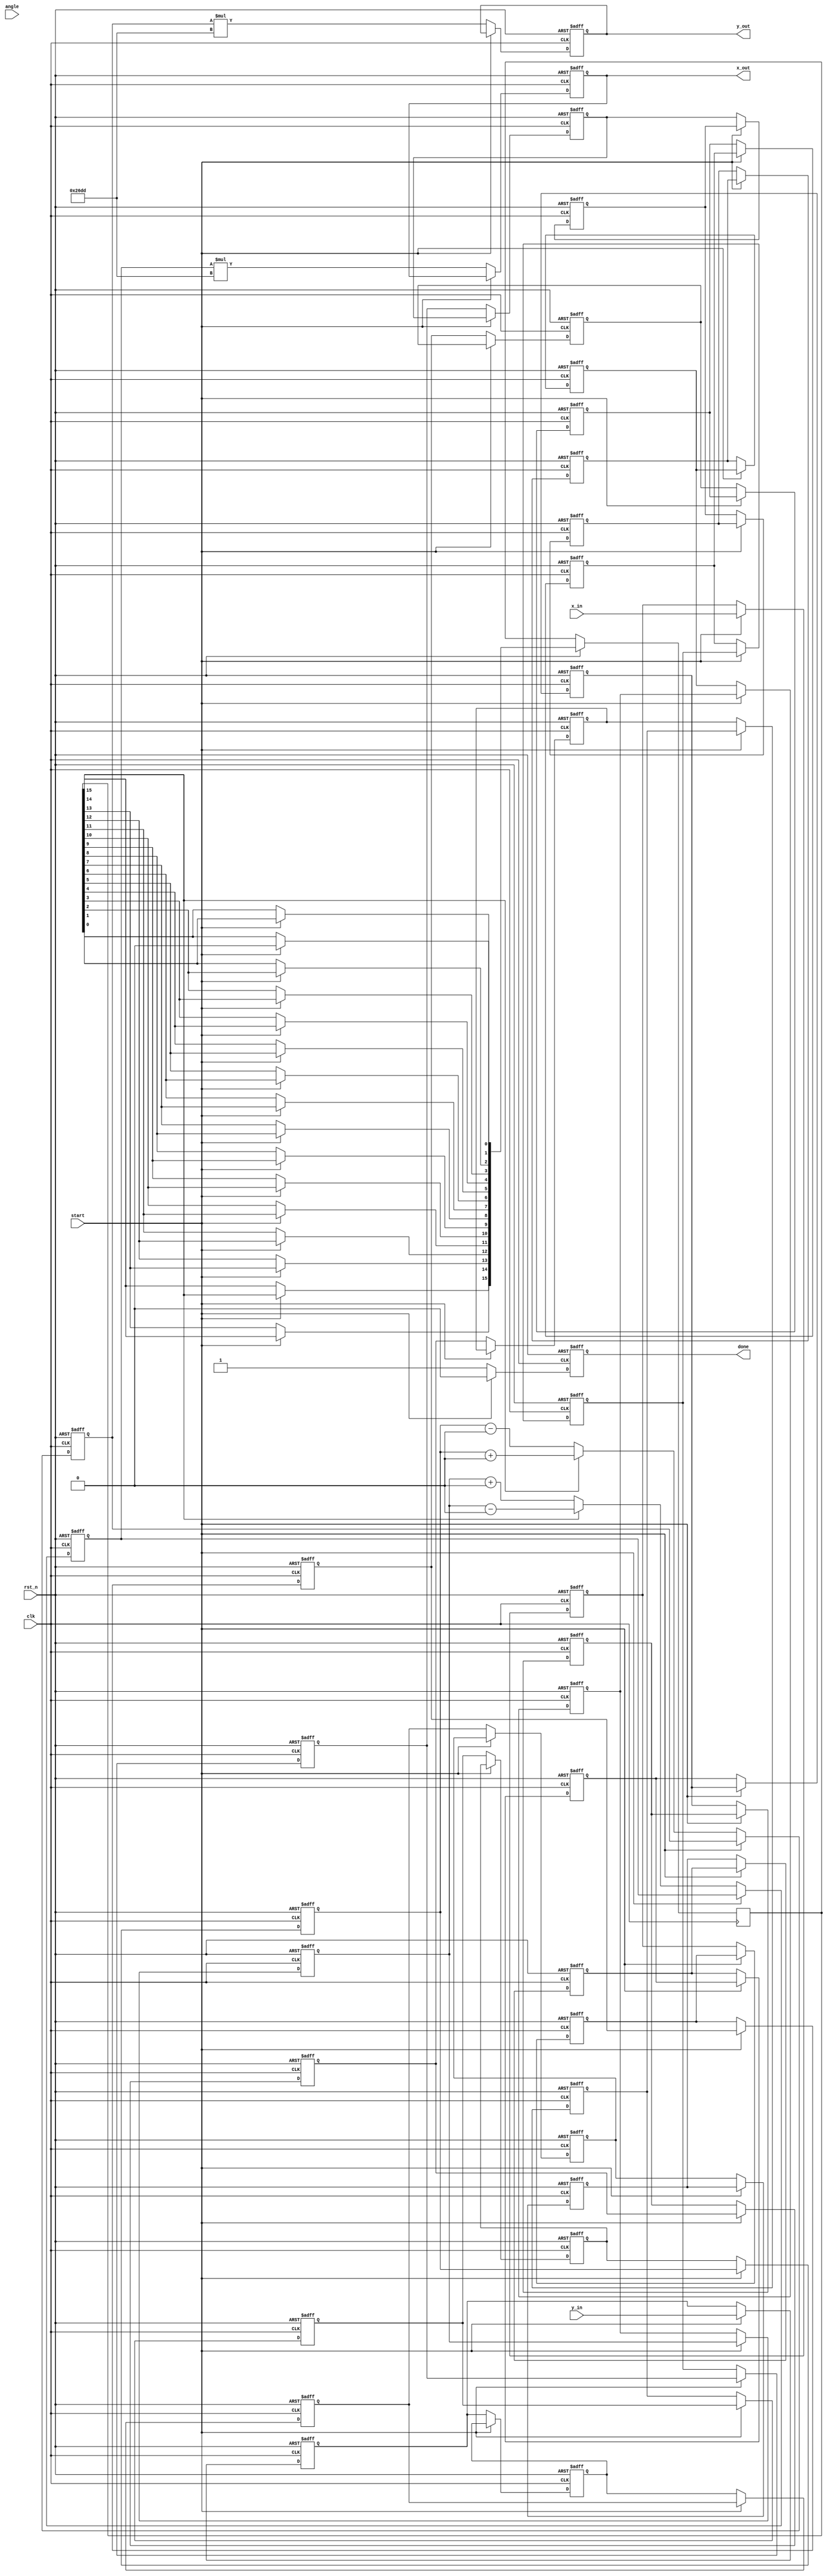
module pipelined_cordic (
    input wire clk,
    input wire rst_n,
    input wire start,
    input wire [15:0] angle, // Input angle in fixed-point representation
    input wire [15:0] x_in,  // Initial x vector
    input wire [15:0] y_in,  // Initial y vector
    output reg [15:0] x_out, // Output x vector
    output reg [15:0] y_out, // Output y vector
    output reg done          // Operation complete signal
);

    parameter N = 16; // Number of pipeline stages
    reg [15:0] x_reg [0:N-1]; // Pipeline registers for x
    reg [15:0] y_reg [0:N-1]; // Pipeline registers for y
    reg [15:0] angle_reg [0:N-1]; // Pipeline registers for angle
    reg [N-1:0] rotate_direction; // Rotation direction for each stage

    // CORDIC gain factor
    parameter K = 16'h26DD; // Approximation of K = 0.6072 in fixed-point

    // Predefined arctan values for CORDIC
    reg [15:0] atan_table [0:N-1];
    initial begin
        // Initialize arctan values (in fixed-point)
        atan_table[0] = 16'h2000; // atan(1) = 45 degrees
        atan_table[1] = 16'h1263; // atan(0.5) = 26.565 degrees
        atan_table[2] = 16'h0C90; // atan(0.25) = 14.036 degrees
        // ... fill in for all stages
        atan_table[N-1] = 16'h0000; // Last stage
    end

    integer i;

    always @(posedge clk or negedge rst_n) begin
        if (!rst_n) begin
            // Reset all registers
            for (i = 0; i < N; i = i + 1) begin
                x_reg[i] <= 16'h0;
                y_reg[i] <= 16'h0;
                angle_reg[i] <= 16'h0;
            end
            x_out <= 16'h0;
            y_out <= 16'h0;
            done <= 1'b0;
        end else if (start) begin
            // Load initial values into the first stage
            x_reg[0] <= x_in;
            y_reg[0] <= y_in;
            angle_reg[0] <= angle;
            rotate_direction[0] <= 1'b0; // Initial direction (can be adjusted)
            done <= 1'b0;
        end else begin
            // Pipeline processing
            for (i = 0; i < N-1; i = i + 1) begin
                x_reg[i+1] <= x_reg[i];
                y_reg[i+1] <= y_reg[i];
                angle_reg[i+1] <= angle_reg[i];
                rotate_direction[i+1] <= rotate_direction[i];
            end

            // Perform CORDIC rotation in the last stage
            if (rotate_direction[N-1]) begin
                // Perform rotation: x_new = x_old - (y_old >> i) and y_new = y_old + (x_old >> i)
                x_reg[N-1] <= x_reg[N-2] - (y_reg[N-2] >>> N);
                y_reg[N-1] <= y_reg[N-2] + (x_reg[N-2] >>> N);
            end else begin
                // Perform rotation: x_new = x_old + (y_old >> i) and y_new = y_old - (x_old >> i)
                x_reg[N-1] <= x_reg[N-2] + (y_reg[N-2] >>> N);
                y_reg[N-1] <= y_reg[N-2] - (x_reg[N-2] >>> N);
            end
            
            // Output results from the last stage
            x_out <= x_reg[N-1] * K; // Adjusting for scaling
            y_out <= y_reg[N-1] * K; // Adjusting for scaling

            // Indicate operation is complete after final stage
            if (i == N-1) begin
                done <= 1'b1;
            end
        end
    end

endmodule